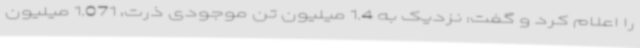
را اعلام کرد و گفت: نزدیک به 1.4 میلیون تن موجودی ذرت، 1.071 میلیون